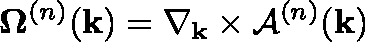
{ \mathbf { \Omega } ^ { ( n ) } } ( \mathbf { k } ) = \nabla _ { \mathbf { k } } \times \mathcal { A } ^ { ( n ) } ( \mathbf { k } )